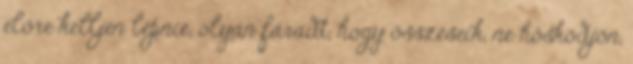
előre kelljen lépnie, olyan fáradt, hogy összeseik, ne hősködjön,